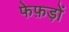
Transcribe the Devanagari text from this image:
फेफ़ड़ों